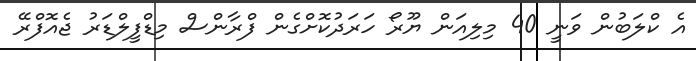
އެ ކްލަބުން ވަނީ 40 މިލިއަން ޔޫރޯ ހަރަދުކޮށްގެން ފްރާންސް މިޑްފީލްޑަރު ޖެއޮފްރޭ